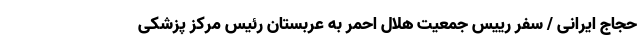
حجاج ایرانی / سفر رییس جمعیت هلال احمر به عربستان رئیس مرکز پزشکی